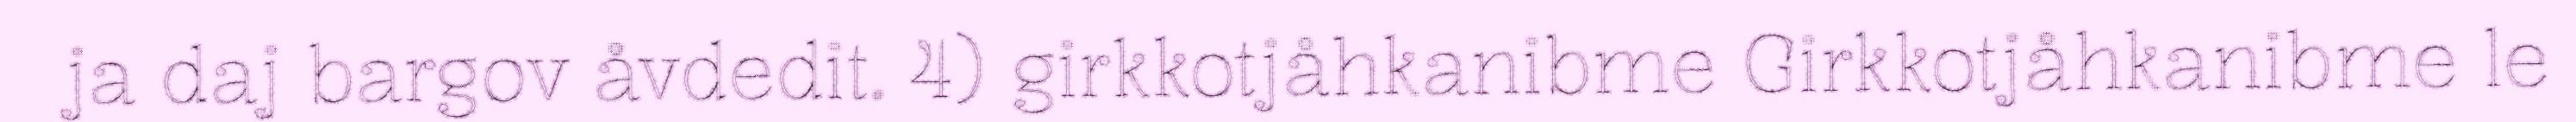
ja daj bargov åvdedit. 4) girkkotjåhkanibme Girkkotjåhkanibme le